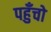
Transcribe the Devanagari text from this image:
पहुँचो